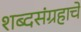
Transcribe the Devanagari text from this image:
शब्दसंग्रहाचे